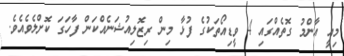
މިއީ އާންމު ގޮތެއްގައި 4 ވީޑިއޯތަކުގެ ފުޅާ މިން ރިޒޮލިއުޝަނެއްކަން ފާހަގަ ކޮށްލެވެއެވެ.